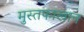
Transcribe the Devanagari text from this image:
मुस्तफाखान